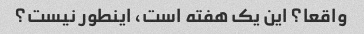
واقعا؟ این یک هفته است، اینطور نیست؟